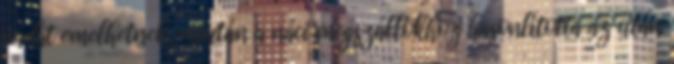
vádat emelhetnek, miután a náci megszállókhoz hasonlította az után